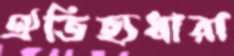
ঐতিহ্যধারা